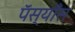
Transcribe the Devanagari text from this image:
पॅस्याँस